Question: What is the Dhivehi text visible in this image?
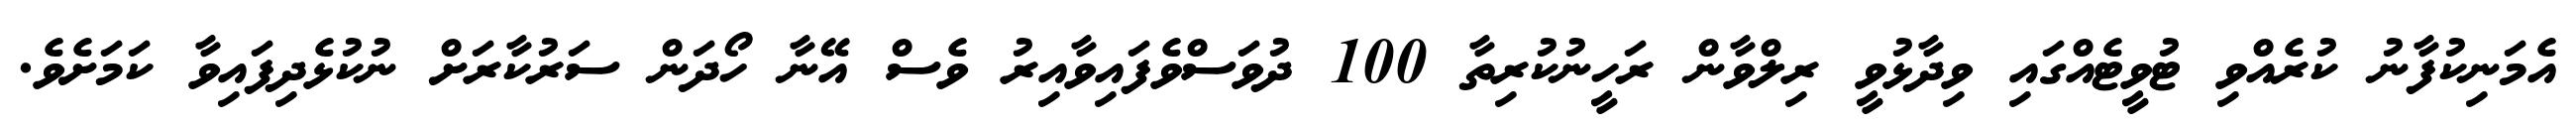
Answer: އެމަނިކުފާނު ކުރެއްވި ޓުވީޓެއްގައި ވިދާޅުވީ ރިލްވާން ރަހީނުކުރިތާ 100 ދުވަސްވެފައިވާއިރު ވެސް އޭނާ ހޯދަން ސަރުކާރަށް ނުކުޅެދިފައިވާ ކަމަށެވެ.